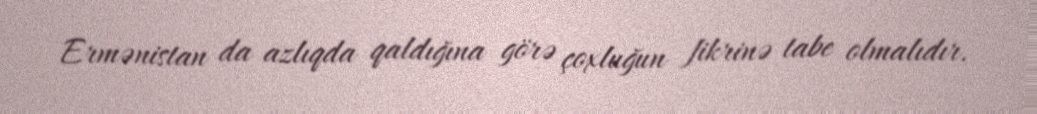
Ermənistan da azlıqda qaldığına görə çoxluğun fikrinə tabe olmalıdır.